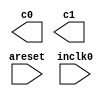
module pll_test (
	areset,
	inclk0,
	c0,
	c1);

	input	  areset;
	input	  inclk0;
	output	  c0;
	output	  c1;
`ifndef ALTERA_RESERVED_QIS
// synopsys translate_off
`endif
	tri0	  areset;
`ifndef ALTERA_RESERVED_QIS
// synopsys translate_on
`endif

endmodule